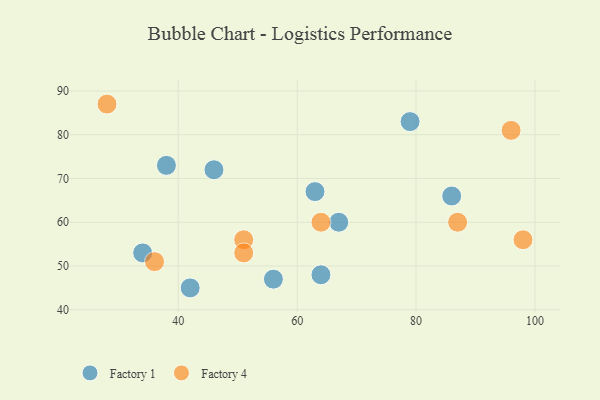
{"axis": {"x": "GDP", "y": "Life Expectancy"}, "legend": ["Factory 1", "Factory 4"], "data": [{"x": "63", "y": 67, "type": "Factory 1"}, {"x": "56", "y": 47, "type": "Factory 1"}, {"x": "79", "y": 83, "type": "Factory 1"}, {"x": "34", "y": 53, "type": "Factory 1"}, {"x": "46", "y": 72, "type": "Factory 1"}, {"x": "67", "y": 60, "type": "Factory 1"}, {"x": "42", "y": 45, "type": "Factory 1"}, {"x": "86", "y": 66, "type": "Factory 1"}, {"x": "64", "y": 48, "type": "Factory 1"}, {"x": "38", "y": 73, "type": "Factory 1"}, {"x": "96", "y": 81, "type": "Factory 4"}, {"x": "28", "y": 87, "type": "Factory 4"}, {"x": "64", "y": 60, "type": "Factory 4"}, {"x": "36", "y": 51, "type": "Factory 4"}, {"x": "87", "y": 60, "type": "Factory 4"}, {"x": "51", "y": 56, "type": "Factory 4"}, {"x": "51", "y": 53, "type": "Factory 4"}, {"x": "98", "y": 56, "type": "Factory 4"}]}